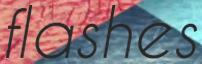
flashes